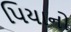
પિયાનો